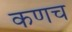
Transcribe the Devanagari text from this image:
कणच